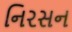
નિરસન